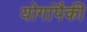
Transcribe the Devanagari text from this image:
योगांपैकी